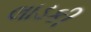
લાડકી